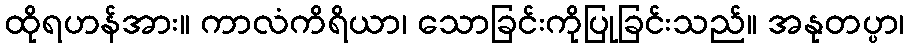
ထိုရဟန်အား။ ကာလံကိရိယာ၊ သောခြင်းကိုပြုခြင်းသည်။ အနုတပ္ပာ၊